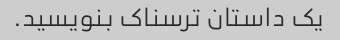
یک داستان ترسناک بنویسید.